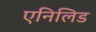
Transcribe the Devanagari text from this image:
एनिलिड